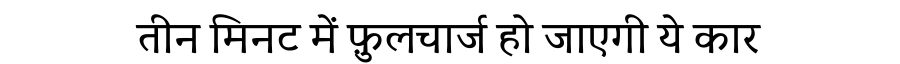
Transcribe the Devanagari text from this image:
तीन मिनट में फ़ुलचार्ज हो जाएगी ये कार